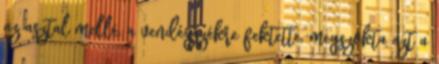
az asztal mellé, a vendégszékre fektette, megszokta azt a